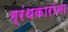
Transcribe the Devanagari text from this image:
ग्रंथकारांना